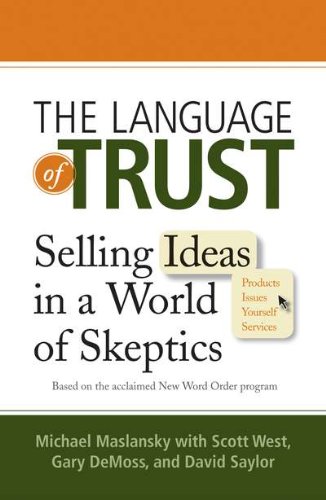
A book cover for The Language of Trust: Selling Ideas in a World of Skeptics; Michael Maslansky; Business & Money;